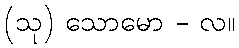
(သု) သောမော - လ။